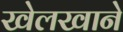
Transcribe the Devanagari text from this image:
खेलखाने